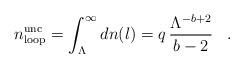
LaTeX: \begin{align*}n_{\rm loop}^{\rm unc}=\int_{\Lambda}^{\infty}dn(l)=q\,\frac{\Lambda^{-b+2}}{b-2}\,\,\,\,\,.\,\,\,\,\,\end{align*}